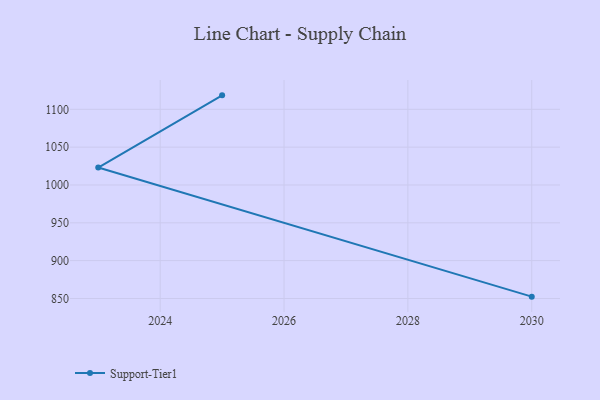
{"axis": {"x": "Year", "y": "Headcount"}, "legend": ["Support-Tier1"], "data": [{"x": "2025", "y": 1118.5, "type": "Support-Tier1"}, {"x": "2023", "y": 1023.1, "type": "Support-Tier1"}, {"x": "2030", "y": 852.4, "type": "Support-Tier1"}]}